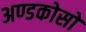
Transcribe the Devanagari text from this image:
अण्डकोसो